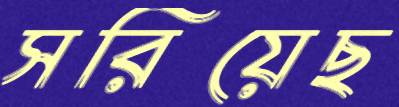
সরিয়েছ